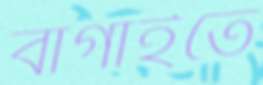
বাগাইতে